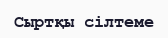
Cыртқы сілтеме